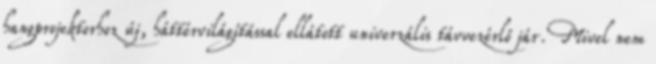
hangprojektorhoz új, háttérvilágítással ellátott univerzális távvezérlő jár. Mivel nem